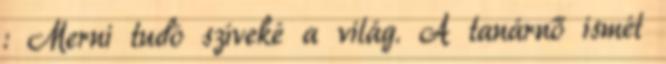
: Merni tudó szíveké a világ. A tanárnő ismét